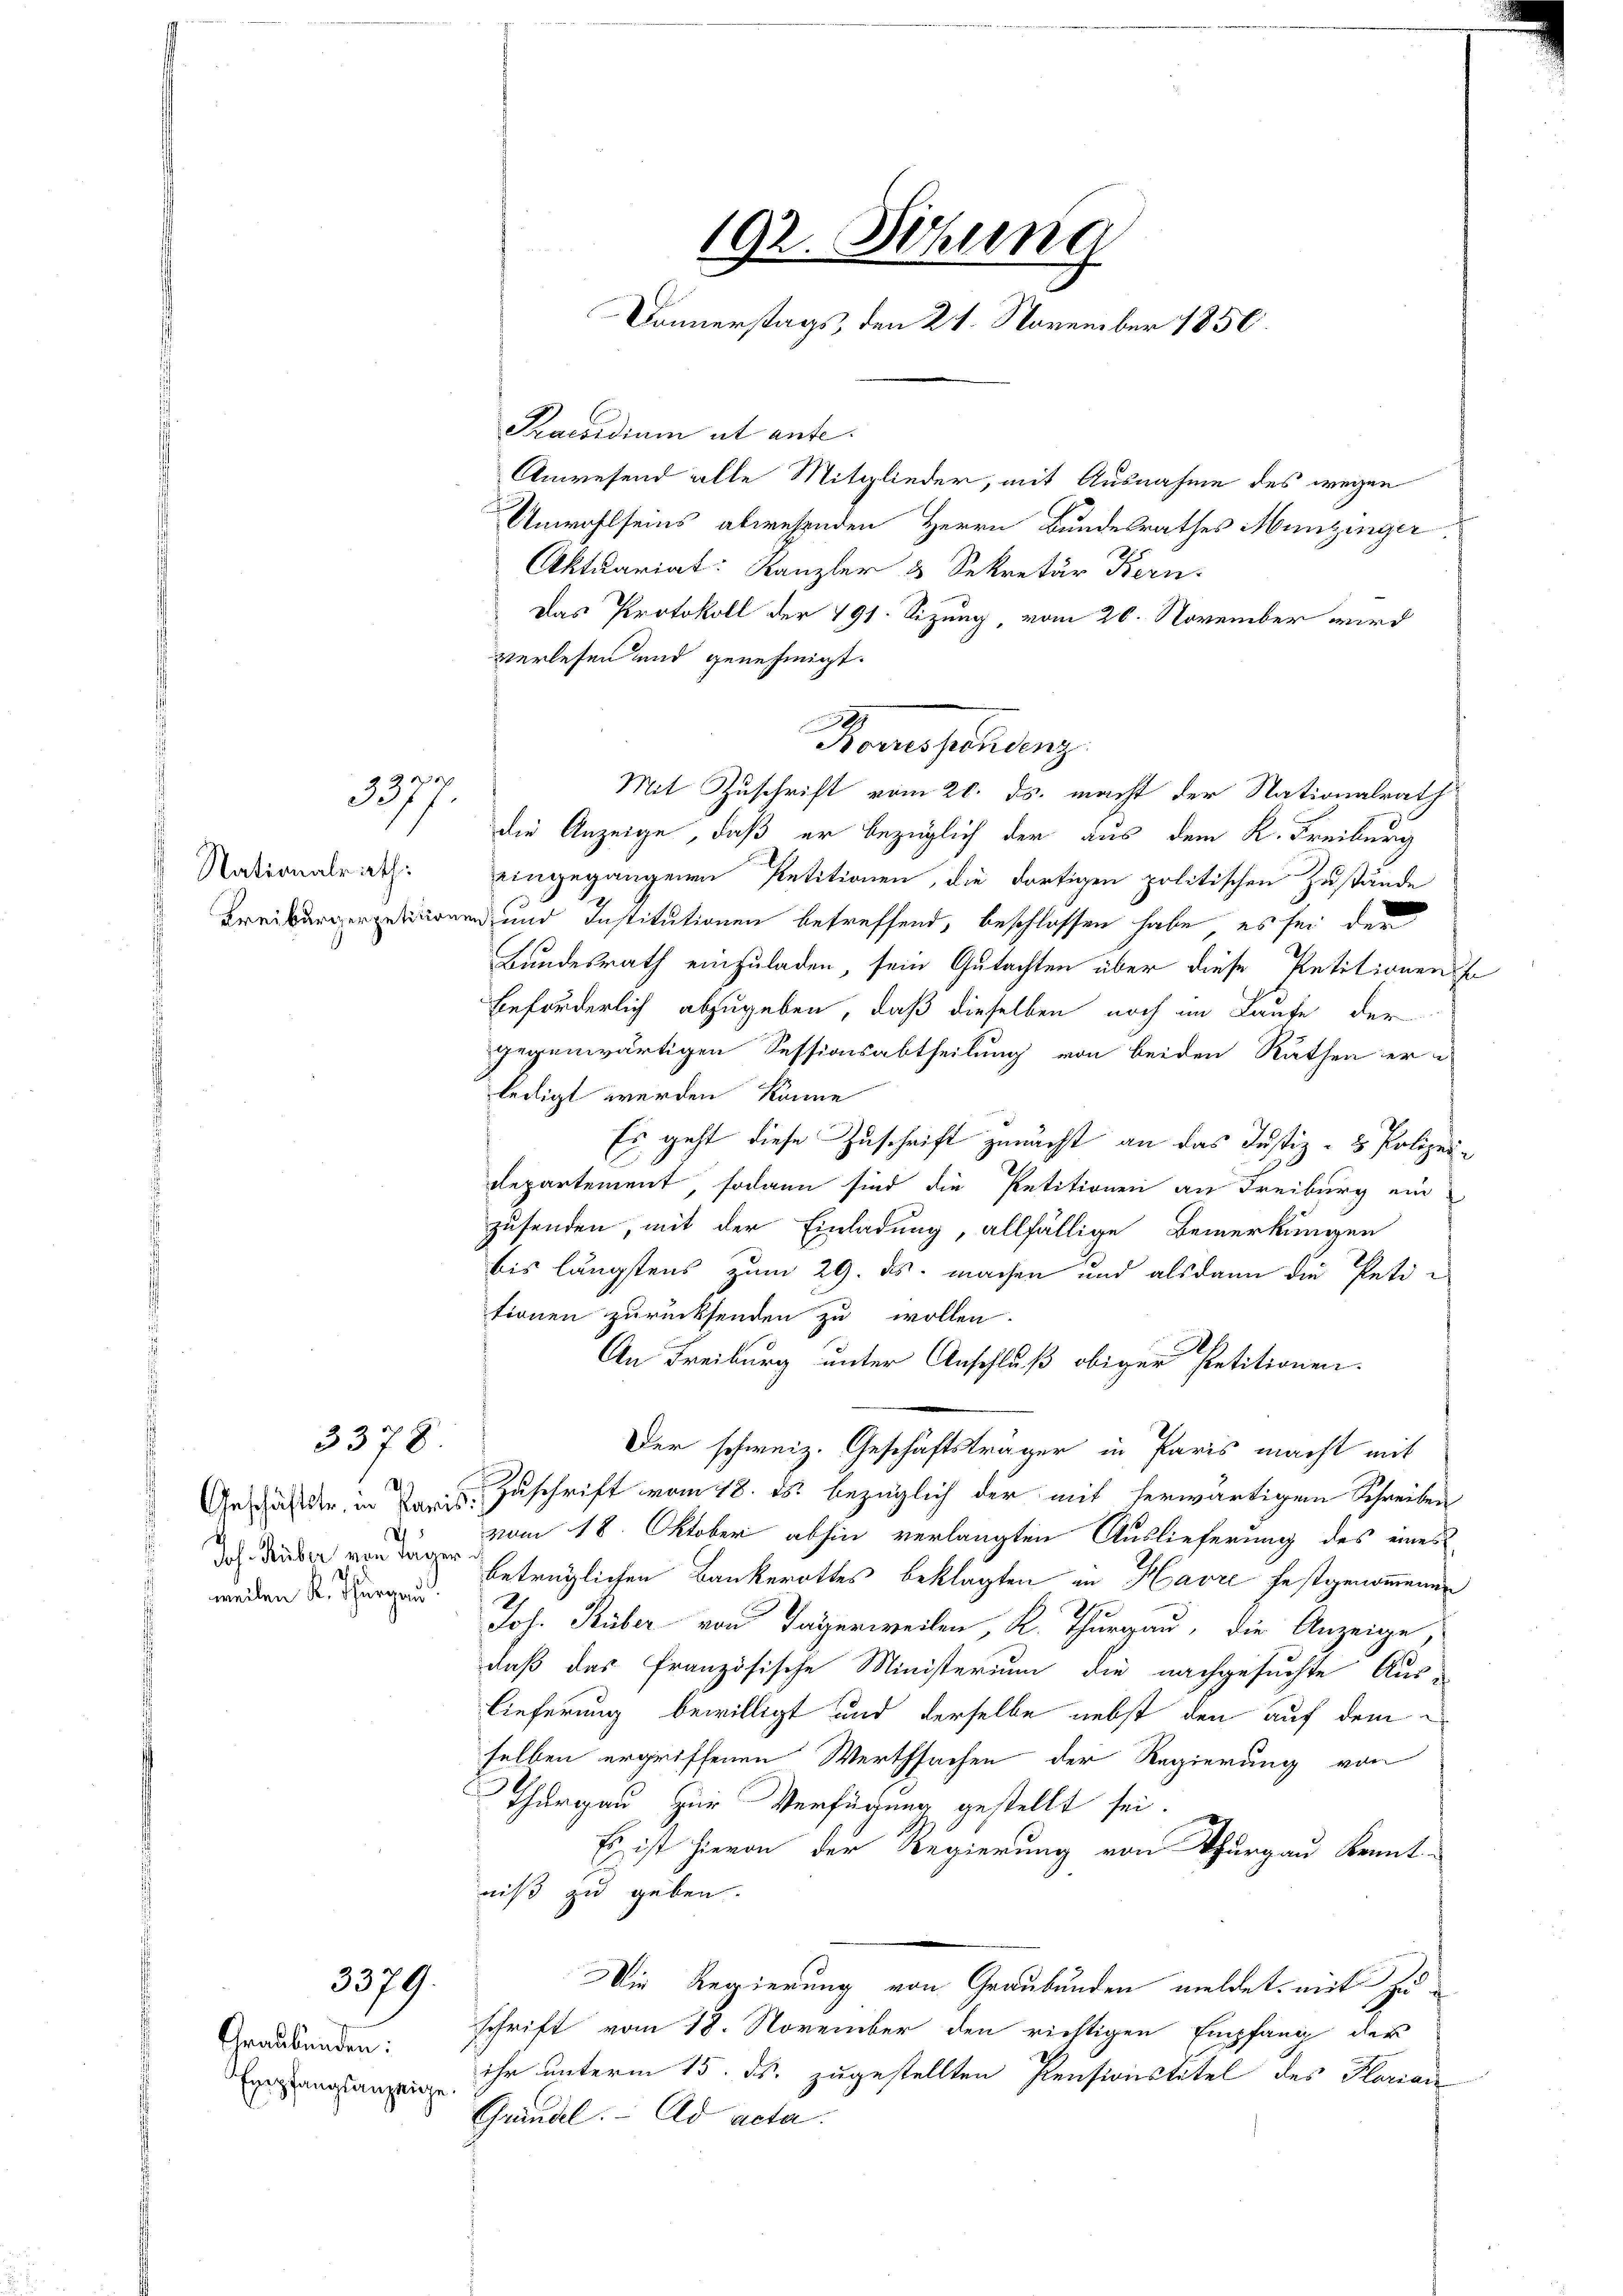
Nationalrath:
Kreiburgerpetition

x
3377.

3378

Geschäftstr, in Paris.
Joh. Huber von Tager
weilen K. Thurgau

3379.

Graubünden:
Empfangsanzeige

192. Sitzung
Donnerstags, den 21. November 1850.

Praesidium et ause.
Anwesend alle Mitglieder, mit Ausnahme des wegen
Unwohlseins abwesenden Herrn Bundesrathes Munzinger
Aktuariat: Kanzler & Sekretär Bern.
Das Protokoll der 191. Sizung vom 20. November wird
verlesen und genehmigt.
Foausschung
Mit Zuschrift vom 20. ds. macht der Nationalrath
die Anzeige, daß er bezüglich der aus dem K. Freiburg
eingegangenen Petitionen, die dortigen politischen Zustände
ad- und Institutionen betreffend, beschlossen habe, es sei der
Bundesrath einzuladen, sein Gutachten über diese Petitionen s
beförderlich abzugeben, daß dieselben noch im Laufe der
gegenwärtigen Sessionsabtheilung von beiden Rathen er-
ledigt werden könne
Es geht diese Zuschrift zunächst an das Justiz- & Polizei-
.
Departement, sodann sind die Petitionen an Freiburg ein
zusenden, mit der Einladung, allfällige Bemerkungen
bis längstens zum 29. ds. machen und alsdann die Petitionen zurücksenden zu wollen.
An Freiburg unter Anschluß obiger Petitionen.
Der schweiz. Geschäftsträger in Paris macht mit
Zuschrift vom 18. ds. bezüglich der mit herwärtigem Schreiben
vom 18. Oktober abhin verlangten Auslieferung des eines
betrüglichen Bankerottes beklagten in Havre festgenommenen
Joh. Küber von Tagerweilen, K. Thurgau, die Anzeige,
daß das französische Ministerium die nachgesuchte Aus-
lieferung bewilligt und derselbe nebst den auf dem
selben ergriffenen Werthsachen der Regierung von
Thurgau zur Verfügung gestellt sei.
Es ist hievon der Regierung von Thurgau beant-
niß zu geben.
Die Regierung von Graubünden meldet, mit Zuschrift vom 18. November den richtigen Empfang der
ihr unterm 15. ds. zugestellten Pensionstitel des Plarian
Gründel. Ad acta.